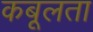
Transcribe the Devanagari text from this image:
कबूलता